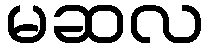
မဆလ